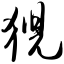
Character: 猊